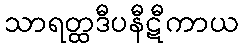
သာရတ္ထဒီပနီဋီကာယ